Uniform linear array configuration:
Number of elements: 24
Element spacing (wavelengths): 0.5
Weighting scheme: kaiser
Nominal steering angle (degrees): -30
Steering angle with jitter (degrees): -29.866
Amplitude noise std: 0.05
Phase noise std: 0.05

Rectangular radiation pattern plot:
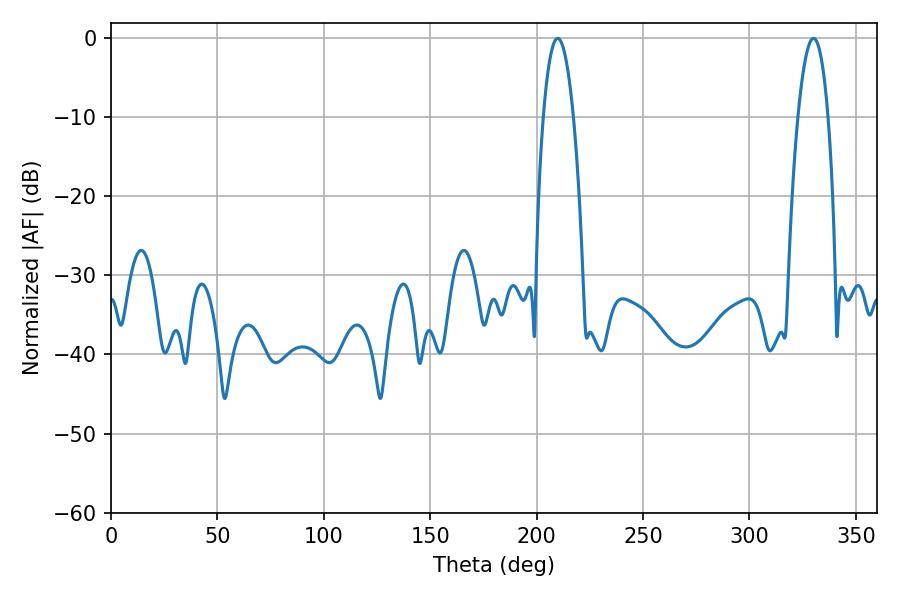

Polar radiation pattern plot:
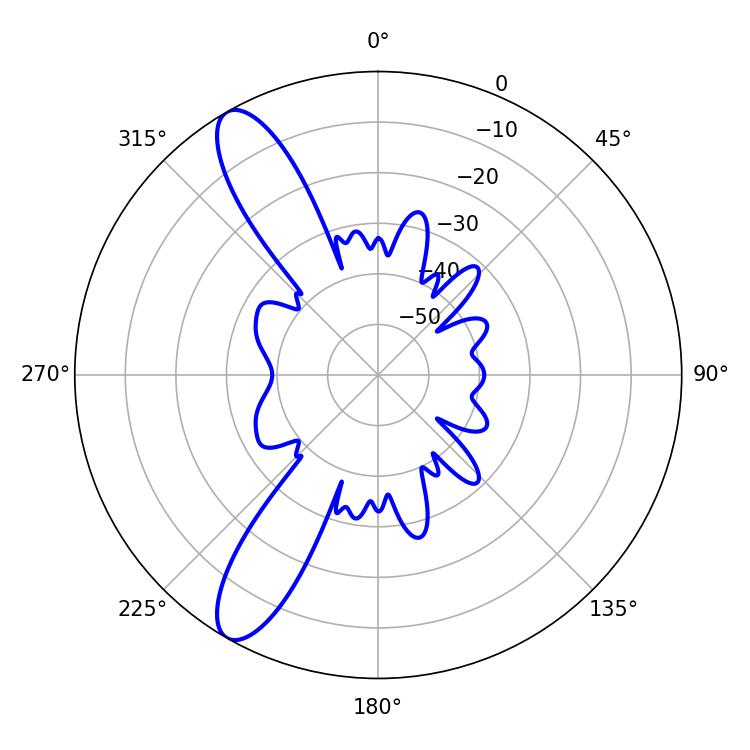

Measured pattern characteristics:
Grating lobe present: FALSE
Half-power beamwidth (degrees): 7.74
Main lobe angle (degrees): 209.88